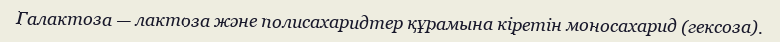
Галактоза — лактоза және полисахаридтер құрамына кіретін моносахарид (гексоза).